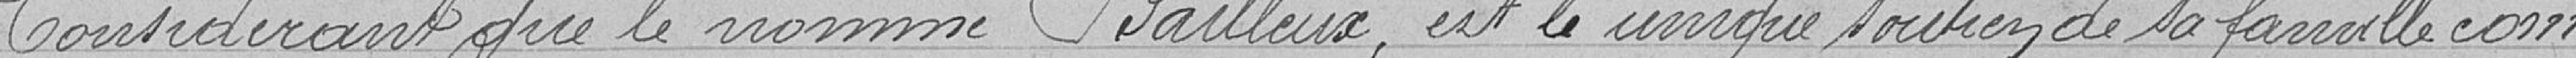
Considérant que le nommé Bailleux, est l'unique soutien de sa famille com